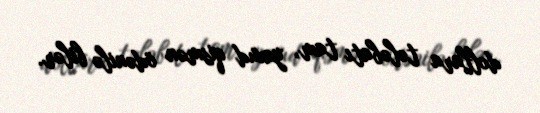
dollara tələbatı tam, yaxud qismən ödənilə bilər.